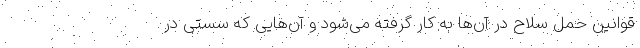
قوانین حمل سلاح در آن‌ها به کار گرفته می‌شود و آن‌هایی که سستی در